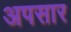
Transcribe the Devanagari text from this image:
अपसार